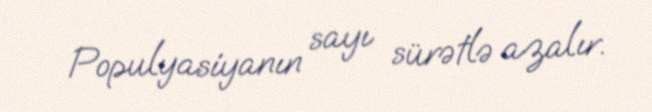
Populyasiyanın sayı sürətlə azalır.